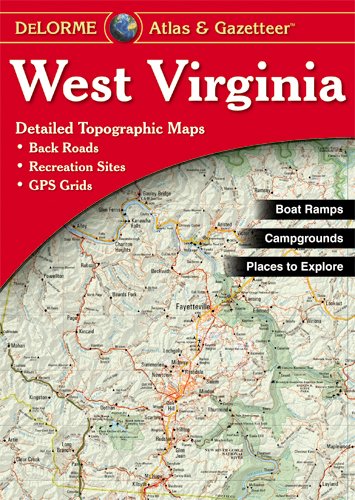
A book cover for West Virginia Atlas & Gazetteer; Delorme; Reference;